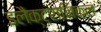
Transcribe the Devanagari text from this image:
इलैक्ट्रानिकल